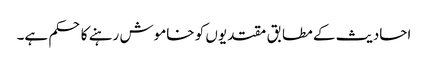
احادیث کے مطابق مقتدیوں کو خاموش رہنے کا حکم ہے۔